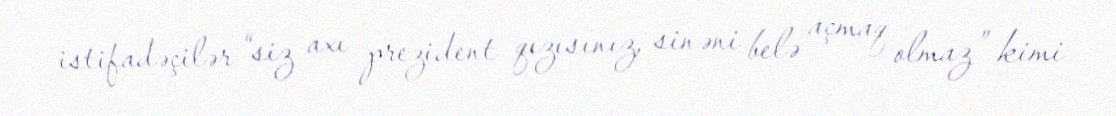
istifadəçilər “siz axı prezident qızısınız, sinəni belə açmaq olmaz” kimi